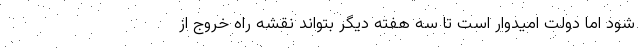
شود اما دولت امیدوار است تا سه هفته دیگر بتواند نقشه راه خروج از